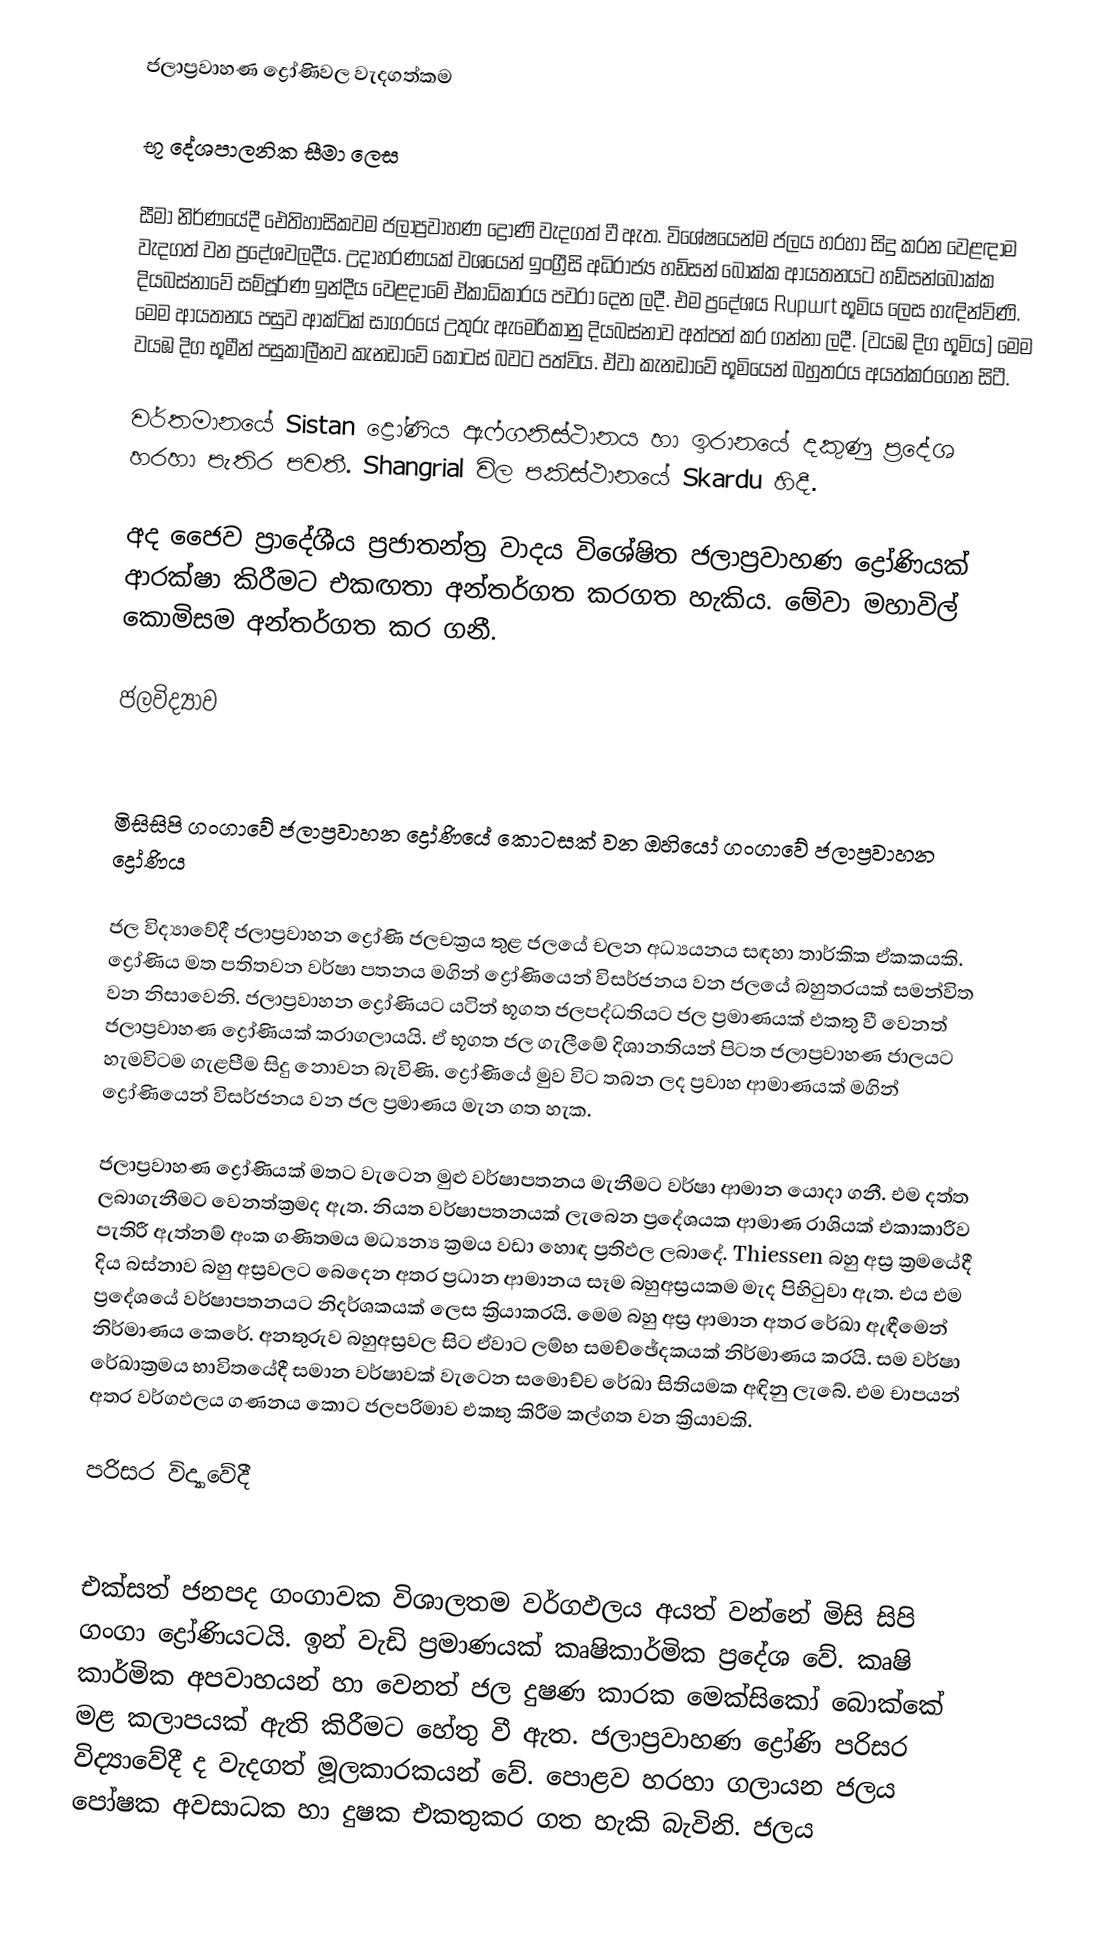
ජලාප්‍රවාහණ ද්‍රෝණිවල වැදගත්කම

භූ දේශපාලනික සීමා ලෙස

සීමා නිර්ණයේදී ඓතිහාසිකවම ජලාප්‍රවාහණ ද්‍රෝණි වැදගත් වී ඇත. විශේෂයෙන්ම ජලය හරහා සිදු කරන වෙළඳාම වැදගත් වන ප්‍රදේශවලදීය. උදාහරණයක් වශයෙන් ඉංග්‍රීසි අධිරාජ්‍ය හඩ්සන් බොක්ක ආයතනයට හඩ්සන්බොක්ක දියබස්නාවේ සම්පූර්ණ ඉන්දීය වෙළදාමේ ඒකාධිකාරය පවරා දෙන ලදී. එම ප්‍රදේශය Rupwrt භූමිය ලෙස හැඳින්විණි. මෙම ආයතනය පසුව ආක්ටික් සාගරයේ උතුරු ඇමෙරිකානු දියබස්නාව අත්පත් කර ගන්නා ලදී. (වයඹ දිග භූමිය) මෙම වයඹ දිග භූමීන් පසුකාලීනව කැනඩාවේ කොටස් බවට පත්විය. ඒවා කැනඩාවේ භූමියෙන් බහුතරය අයත්කරගෙන සිටී.

වර්තමා‍නයේ Sistan ද්‍රෝණිය ඇෆ්ගනිස්ථානය හා ඉරානයේ දකුණු ප්‍රදේශ හරහා පැතිර පවතී. Shangrial විල පකිස්ථානයේ Skardu හිදී.

අද ජෛව ප්‍රාදේශීය ප්‍රජාතන්ත්‍ර වාදය විශේෂිත ජලාප්‍රවාහණ ද්‍රෝණියක් ආරක්ෂා කිරීමට එකඟතා අන්තර්ගත කරගත හැකිය. මේවා මහාවිල් කොමිසම අන්තර්ගත කර ගනී.

ජලවිද්‍යාව

මිසිසිපි ගංගාවේ ජලාප්‍රවාහන ද්‍රෝණියේ කොටසක් වන ඔහියෝ ගංගාවේ ජලාප්‍රවාහන ද්‍රෝණිය

ජල විද්‍යාවේදී ජලාප්‍රවාහන ද්‍රෝණි ජලචක්‍රය තුළ ජලයේ චලන අධ්‍යයනය සඳහා තාර්කික ඒකකයකි. ද්‍රෝණිය මත පතිතවන වර්ෂා පතනය මගින් ද්‍රෝණියෙන් විසර්ජනය වන ජලයේ බහුතරයක් සමන්විත වන නිසාවෙනි. ජලාප්‍රවාහන ද්‍රෝණියට යටින් භූගත ජලපද්ධතියට ජල ප්‍රමාණයක් එකතු වී වෙනත් ජලාප්‍රවාහණ ද්‍රෝණියක් කරාගලායයි. ඒ භූගත ජල ගැලීමේ දිශානතියන් පිටත ජලාප්‍රවාහණ ජාලයට හැමවිටම ගැළපීම සිදු නොවන බැවිණි. ද්‍රෝණියේ මුව විට තබන ලද ප්‍රවාහ ආමාණයක් මගින් ද්‍රෝණියෙන් විසර්ජනය වන ජල ප්‍රමාණය මැන ගත හැක.

ජලාප්‍රවාහණ ද්‍රෝණියක් මතට වැටෙන මුළු වර්ෂාපතනය මැනීමට වර්ෂා ආමාන යොදා ගනී. එම දත්ත ලබාගැනීමට වෙනත්ක්‍රමද ඇත. නියත වර්ෂාපතනයක් ලැබෙන ප්‍රදේශයක ආමාණ රාශියක් එකාකාරීව පැතිරී ඇත්නම් අංක ගණිතමය මධ්‍යන්‍ය ක්‍රමය වඩා හොඳ ප්‍රතිඵල ලබාදේ. Thiessen බහු අස්‍ර ක්‍රමයේදී දිය බස්නාව බහු අස්‍රවලට බෙදෙන අතර ප්‍රධාන  ආමානය සෑම බහුඅස්‍රයකම මැද පිහිටුවා ඇත. එය එම ප්‍රදේශයේ වර්ෂාපතනයට නිදර්ශකයක් ලෙස ක්‍රියාකරයි. මෙම බහු අස්‍ර ආමාන අතර රේඛා ඇඳීමෙන් නිර්මාණය කෙරේ. අනතුරුව බහුඅස්‍රවල සිට ඒවාට ලම්භ සමච්ඡේදකයක් නිර්මාණය කරයි. සම වර්ෂා රේඛාක්‍රමය භාවිතයේදී සමාන වර්ෂාවක් වැටෙන සමොච්ච රේඛා සිතියමක අඳිනු ලැබේ. එම චාපයන් අතර වර්ගඵලය ගණනය කොට ජලපරිමාව එකතු කිරීම කල්ගත වන ක්‍රියාවකි.

පරිසර විද්‍යාවේදී

එක්සත් ජනපද ගංගාවක විශාලතම වර්ගඵලය අයත් වන්නේ මිසි සිපි ගංගා ද්‍රෝණියටයි. ඉන් වැඩි ප්‍රමාණයක් කෘෂිකාර්මික ප්‍රදේශ වේ. කෘෂි කාර්මික අපව‍ාහයන් හා වෙනත් ජල දුෂණ කාරක මෙක්සි‍කෝ බොක්කේ මළ කලාපයක් ඇති කිරීමට හේතු වී ඇත. ජලාප්‍රවාහණ ද්‍රෝණි පරිසර විද්‍යාවේදී ද වැදගත් මූලකාරකයන් වේ. පොළව හරහා ගලායන ජලය පෝෂක අවසාධක හා දුෂක එකතුකර ගත හැකි බැවිනි. ජලය